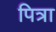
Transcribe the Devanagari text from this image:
पित्रा